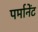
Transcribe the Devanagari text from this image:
पर्मानेंट